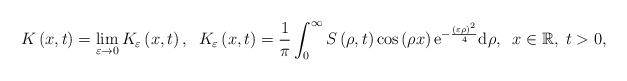
LaTeX: \begin{align*}K\left( x,t\right) =\lim_{\varepsilon \rightarrow 0}K_{\varepsilon }\left(x,t\right) ,\;\;K_{\varepsilon }\left( x,t\right) =\frac{1}{\pi }\int_{0}^{\infty }S\left( \rho ,t\right) \cos \left( \rho x\right) \mathrm{e}^{-\frac{\left( \varepsilon \rho \right) ^{2}}{4}}\mathrm{d}\rho ,\;\;x\in\mathbb{R},\;t>0, \end{align*}